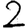
Digit: 2